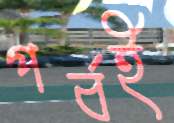
পর্বই